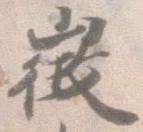
徴